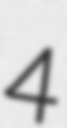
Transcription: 4